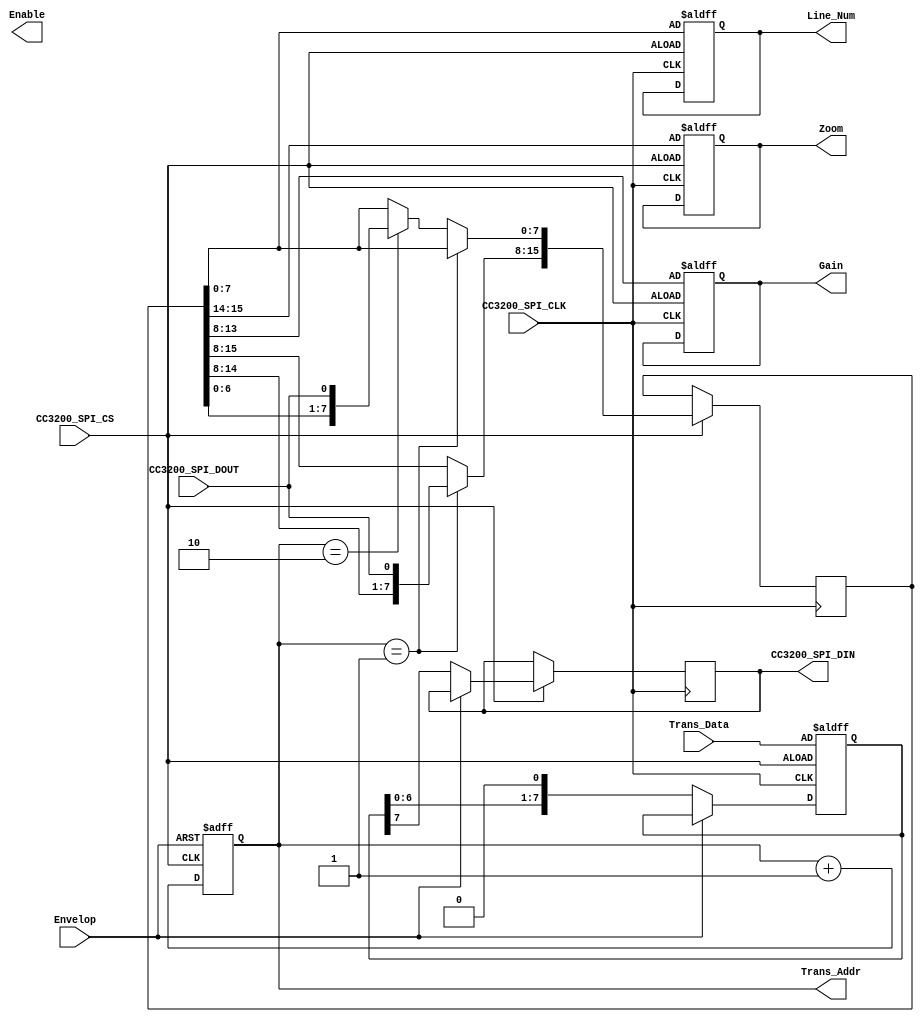
module ComWithCC3200(
	input CC3200_SPI_CLK,
	input CC3200_SPI_CS,
	output reg CC3200_SPI_DIN,
	input CC3200_SPI_DOUT,
	input Envelop,
	output reg [7:0] Line_Num, //Current Sample Line
	output reg Enable,
	output reg [1:0] Zoom,
	output reg [5:0] Gain,
	input  [7:0] Trans_Data,
	output reg [8:0] Trans_Addr

);
	reg [15:0] Config_Data_Shift;
    reg [3:0] SPI_Counter;
    reg [7:0] Shift_Data;
    
    
    //write    Envelop= 1
    
	always @(posedge CC3200_SPI_CLK or negedge CC3200_SPI_CS ) begin
		if(~CC3200_SPI_CS) begin
			//Enable <= Config_Data_Shift[7];
			Line_Num  <= Config_Data_Shift[7:0];
			Zoom      <= Config_Data_Shift[15:14];
			Gain      <= Config_Data_Shift[13:8];
		end
		else begin
			if(Trans_Addr == 9'd1 ) begin //read data
				Config_Data_Shift[15:8] <={Config_Data_Shift[14:8],CC3200_SPI_DOUT};
			end
			else if(Trans_Addr == 9'd2 ) begin //read data
				Config_Data_Shift[7:0] <={Config_Data_Shift[6:0],CC3200_SPI_DOUT} ;
			end
		end
	end
	
	
	
    //read
    
	always @(negedge CC3200_SPI_CLK or negedge CC3200_SPI_CS ) begin
		if(~CC3200_SPI_CS) begin
			SPI_Counter <= 8'd0;
			Shift_Data <=Trans_Data;//Trans_Addr;		
		end
		else begin
			if(~Envelop) begin //read data
				SPI_Counter <= SPI_Counter + 1'b1;
				CC3200_SPI_DIN <= Shift_Data[7];
				Shift_Data <= Shift_Data <<1;
			end
		end
	end	
	
	
	always @(posedge CC3200_SPI_CS or posedge Envelop) begin
		if(Envelop) begin
			Trans_Addr  <= 9'd0;
		end
		else begin
			Trans_Addr <= Trans_Addr + 1'b1;
		end
	end	
	

	
	
endmodule